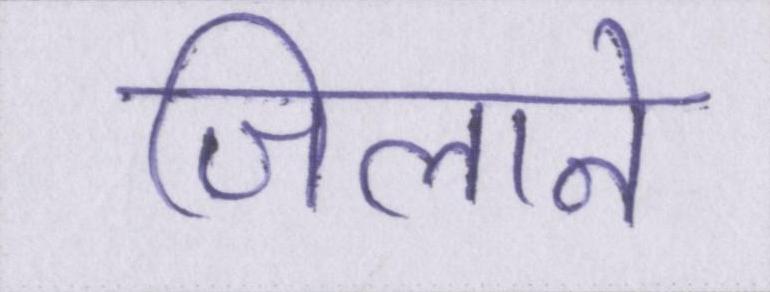
जिलाने